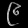
Digit: ၉